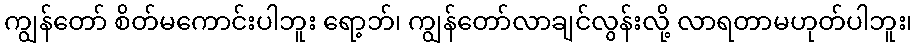
ကျွန်တော် စိတ်မကောင်းပါဘူး ရော့ဘ်၊ ကျွန်တော်လာချင်လွန်းလို့ လာရတာမဟုတ်ပါဘူး၊